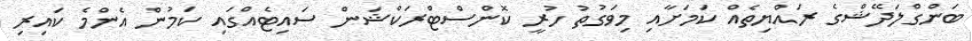
ބަންގްލަދޭޝްގެ ރައްޔިތެއް ކަމަށާއި މިވަގުތު ހުރީ ކޮންސްޓްރަކްޝަން ސައިޓެއްގައި ކަމުން އެންމެ ކައިރި